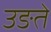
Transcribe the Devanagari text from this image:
उङते